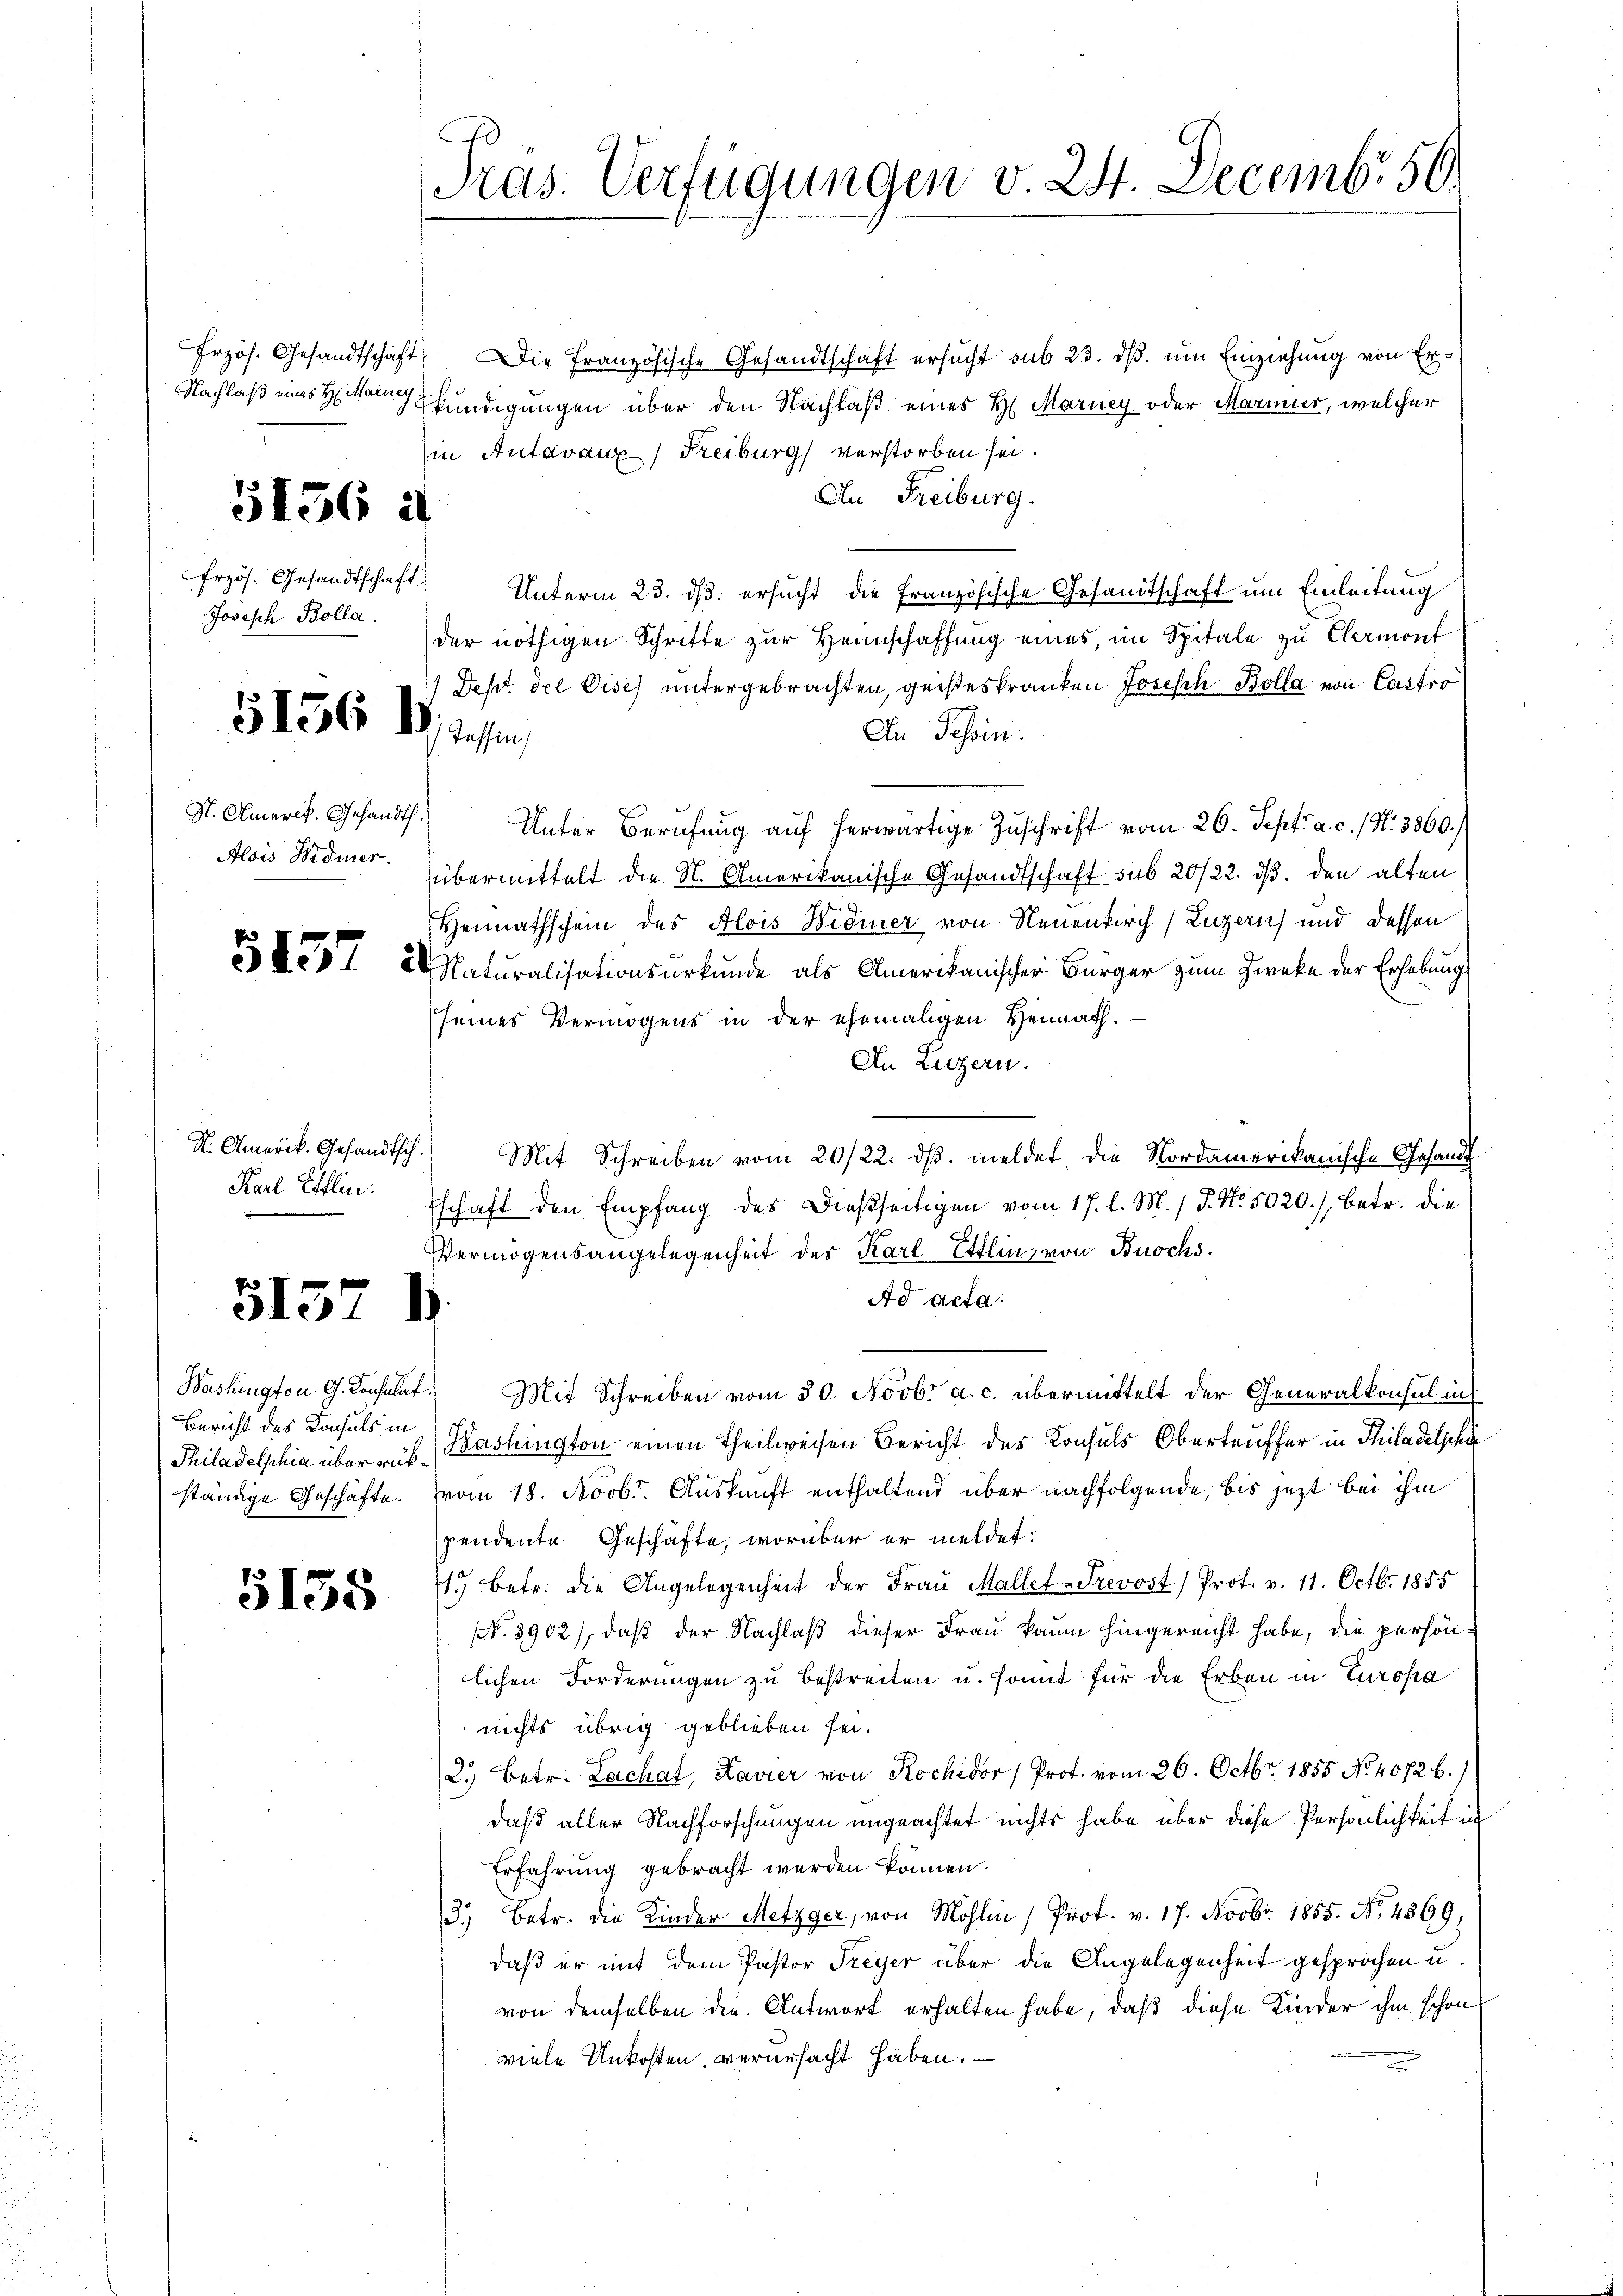
Nachlaß eines H: Mariey

3156 d

Frzös. Gesandtschaft
Joseph Bolla.

5156 18, Testan

S. Amarck. Gesandth.
Alois Widmer.

5157

S. Amerik. Gesandtsch
Karl Elflin.

5157

5138

Bericht des Konsuls in
Philadelphia über rükständige Geschäfte.

Pras. Verfügungen v. 24. Decembr 50.

frzös. Gesandtschaft. Die Französische Gesandtschaft ersŭcht sub 23. dβ. ŭm Einziehung von Erkündigungen über den Nachlaß eines H. Mariey oder Marmier, welcher
in Antavaux) Freiburg verstorben sei.
An Freiburg.
Unterm 23. ds. ersucht die französische Gesandtschaft um Einleitung
der nöthigen Schritte zur Heimschaffung eines, im Spitale zu Clermont
Dept der Dises untergebrachten, geisteskranken Josesch Bolla von Castro
An Tessin.
Unter Berufung auf herwärtige Zuschrift vom 26. Sept. a. c. / N. 3860.
übermittelt die N. Amerikanische Gesandtschaft sub 20/22. ds. den alten
Heimathschein des Alois Widmer von Neuenkirch (Luzern) und dessen
Naturalisationsurkunde als Amerikanischer Bürger zum Zwecke der Erhebung
seines Vermögens in der ehemaligen Hermach¬
In Luzern.
.
Mit Schreiben vom 20/22. dβ. meldet, die Nordamerikanische Gesandt
Eschaft den Empfang des Dießseitigen vom 17. l. M. / P. Nr. 5020.), betr. die
Vermögensangelegenheit der Karl Ettin, von Buochs.
Ad acta.
.
Washington G. Konsulat. Mit Schreiben vom 30. Novbr a. c. übermittelt der Generalkonsul in
Washington einen Theilweisen Bericht des Konsuls Obertruffer in Thiladelphi
vom 18. Novbr. Auskunft enthaltend über nachfolgende, bis jezt bei ihm
pendente Geschäfte, worüber er meldet:
1. betr. die Angelegenheit der Fraŭ Mallet-Trevost) Prot. v. 11. Octbr. 1855
NNo. 3902), daß der Nachlaß dieser Frau kaum hingereicht habe, die persönlichen Forderungen zu bestreiten u. sonnt für die Erben in Europa
nichts übrig geblieben sei.
2.) Betr. Lachat, Kavier von Rochidor Prof. vom 26. Octbr. 1855 No 4072 b.)
daß aller Nachforschungen ungeachtet nichts habe, über diese Persönlichkeit in
Erfahrung gebracht werden können.
3.) Betr. die Kinder Metzger, von Möhlin (Prof. v. 17. Novbr. 1855. No. 4369,
daß er mit dem Pastor Freyer über die Angelegenheit gesprochen u.
von demselben die Antwort erhalten habe, daß diese Kinder ihm schon
viele Unkosten verursacht haben.